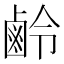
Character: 鹷